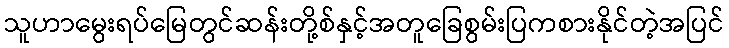
သူဟာမွေးရပ်မြေတွင်ဆန်းတို့စ်နှင့်အတူခြေစွမ်းပြကစားနိုင်တဲ့အပြင်